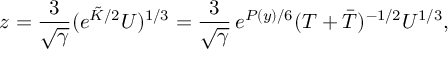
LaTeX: z = \frac { 3 } { \sqrt { \gamma } } ( e ^ { \tilde { K } / 2 } U ) ^ { 1 / 3 } = \frac { 3 } { \sqrt { \gamma } } \, e ^ { P ( y ) / 6 } ( T + \bar { T } ) ^ { - 1 / 2 } U ^ { 1 / 3 } ,